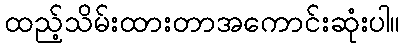
ထည့်သိမ်းထားတာအကောင်းဆုံးပါ။